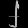
Digit: ၂